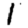
Digit: 1